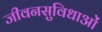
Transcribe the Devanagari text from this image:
जीवनसुविधाओं